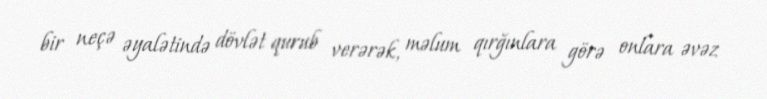
bir neçə əyalətində dövlət qurub verərək, məlum qırğınlara görə onlara əvəz